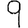
Digit: 9